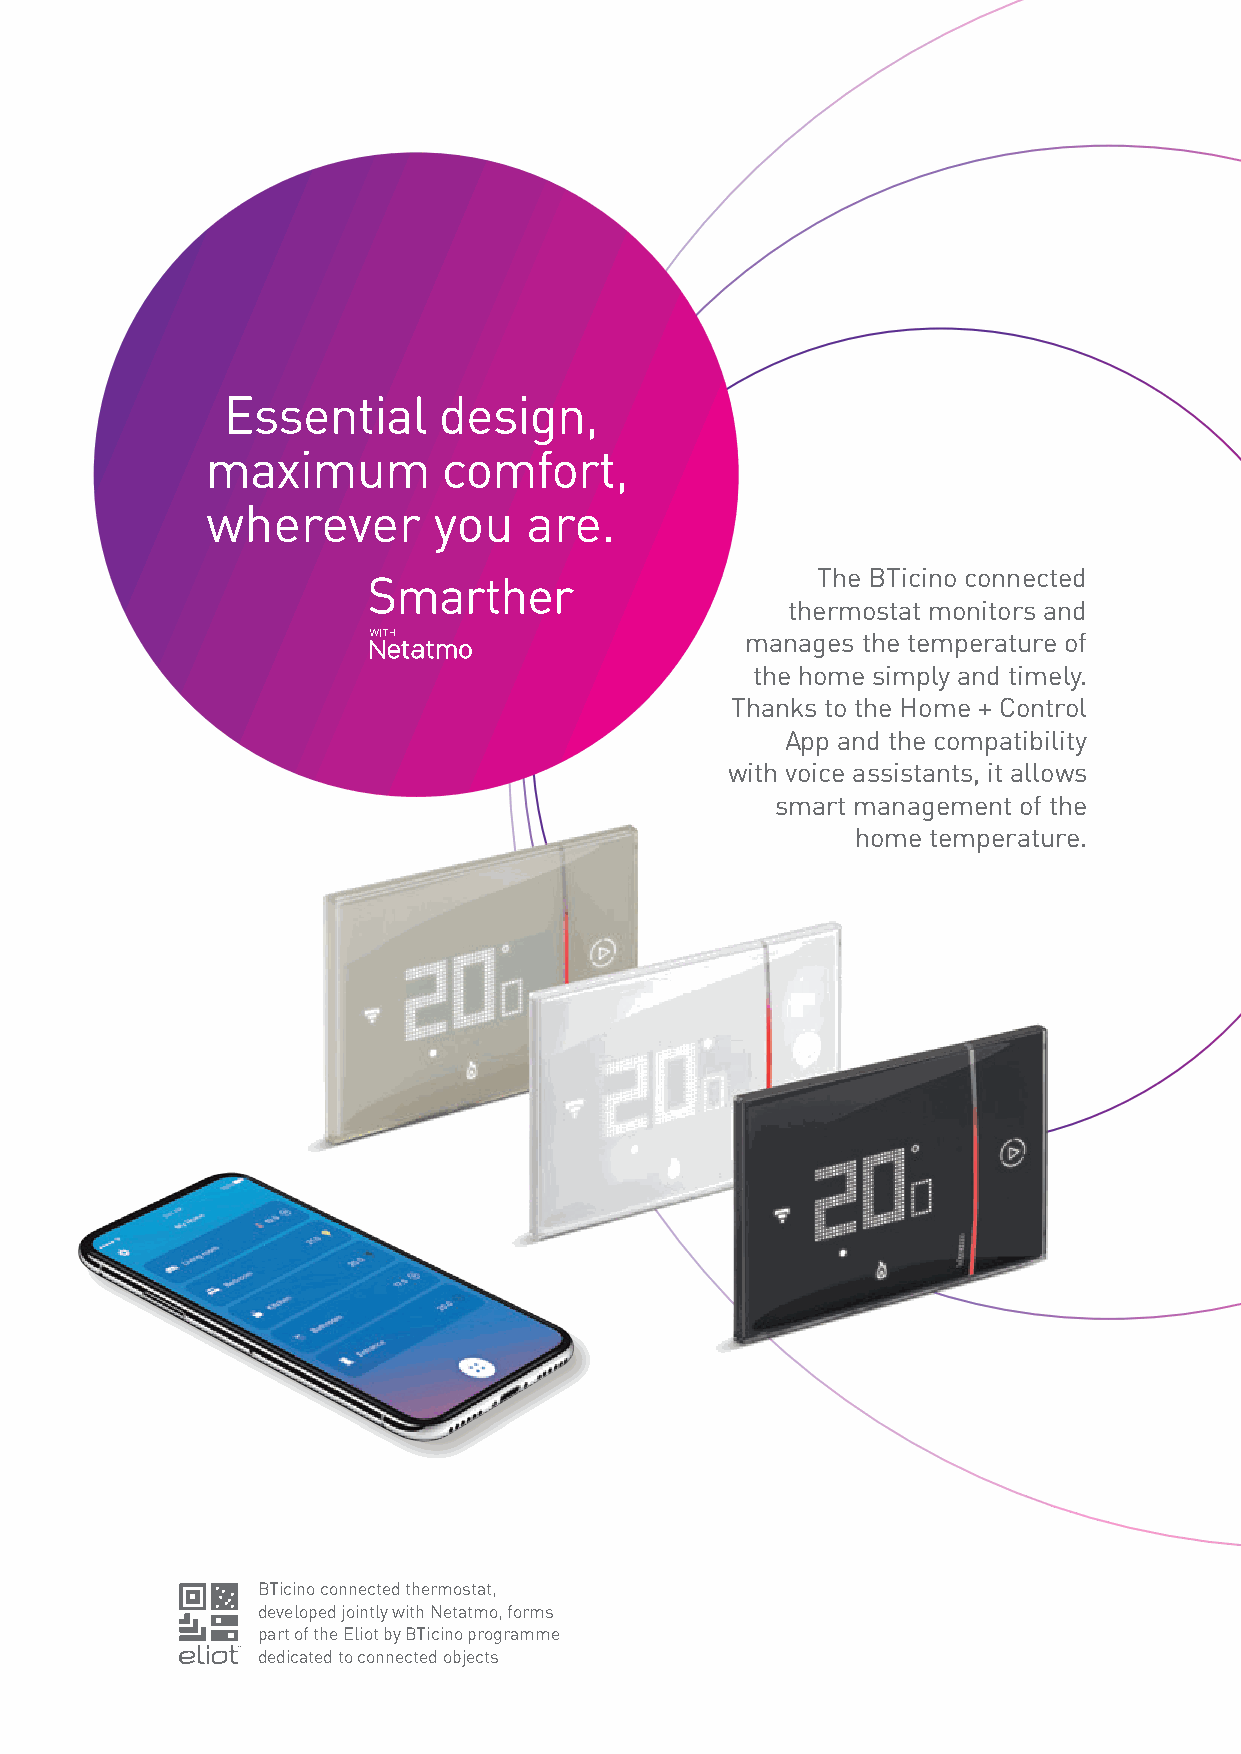
Essential     design,
 maximum        comfort,
 wherever       you   are.
 The BTicino connected
 thermostat monitors and
 manages the temperature of
 the home simply and timely.
 Thanks to the Home + Control
 App and the compatibility
 with voice assistants, it allows
 smart management of the
 home temperature.
 BTicino connected thermostat,
 developed jointly with Netatmo, forms
 part of the Eliot by BTicino programme
 dedicated to connected objects
 2